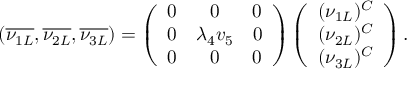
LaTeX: ( \overline { { { \nu _ { 1 L } } } } , \overline { { { \nu _ { 2 L } } } } , \overline { { { \nu _ { 3 L } } } } ) = \left( \begin{array} { c c c } { { 0 } } & { { 0 } } & { { 0 } } \\ { { 0 } } & { { \lambda _ { 4 } v _ { 5 } } } & { { 0 } } \\ { { 0 } } & { { 0 } } & { { 0 } } \end{array} \right) \left( \begin{array} { c } { { ( \nu _ { 1 L } ) ^ { C } } } \\ { { ( \nu _ { 2 L } ) ^ { C } } } \\ { { ( \nu _ { 3 L } ) ^ { C } } } \end{array} \right) .